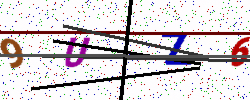
Text: 9UZ6